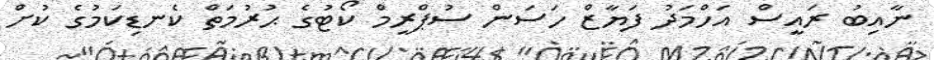
ނާއިބު ރައީސް އަހްމަދު ފަޔާޒް ހަސަން ސުޕްރީމް ކޯޓުގެ ޙުރުމަތް ކެނޑިކަމުގެ ކުށް